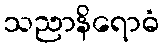
သညာနိရောဓံ